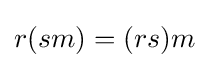
r(sm)=(rs)m